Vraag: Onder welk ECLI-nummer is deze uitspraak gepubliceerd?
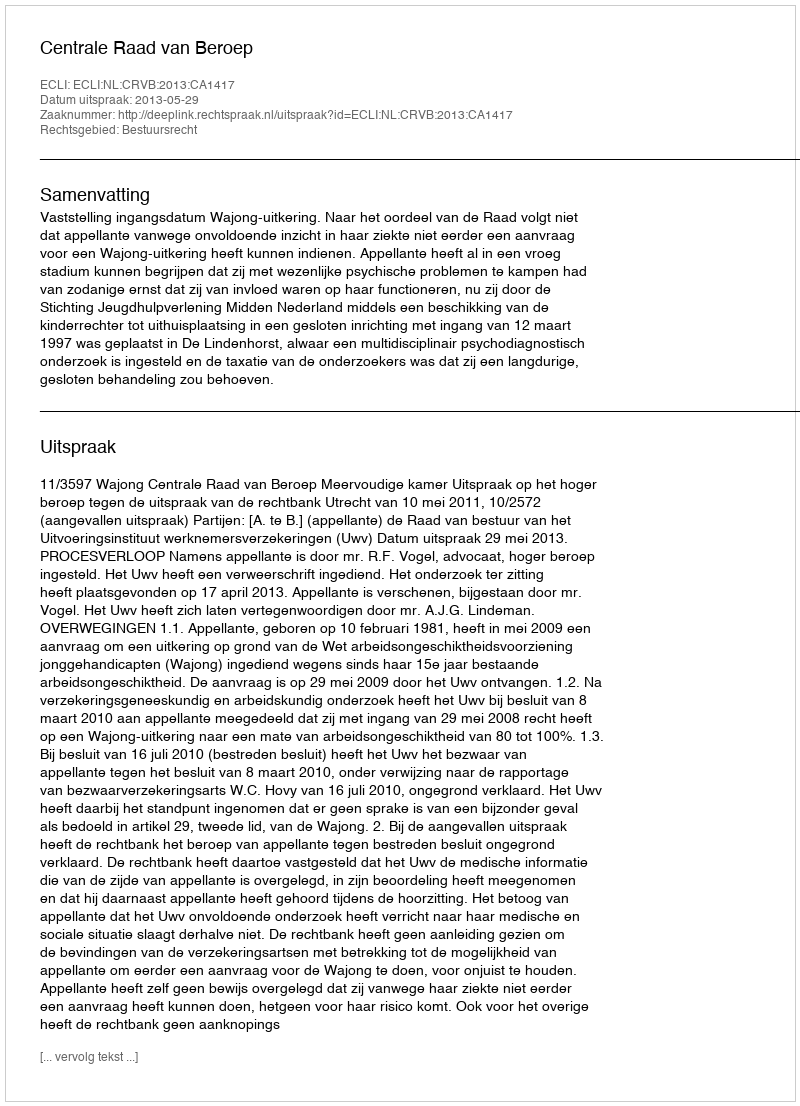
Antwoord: ECLI:NL:CRVB:2013:CA1417